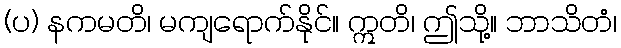
(ပ) နကမတိ၊ မကျရောက်နိုင်။ ဣတိ၊ ဤသို့။ ဘာသိတံ၊